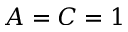
A = C = 1